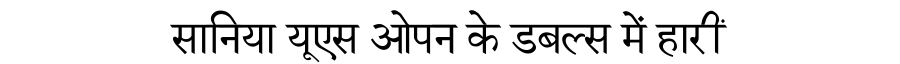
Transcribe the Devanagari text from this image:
सानिया यूएस ओपन के डबल्स में हारीं